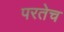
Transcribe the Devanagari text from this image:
परतेच